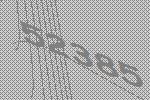
52385